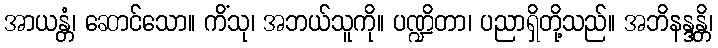
အာယန္တံ၊ ဆောင်သော။ ကိံသု၊ အဘယ်သူကို။ ပဏ္ဍိတာ၊ ပညာရှိတို့သည်။ အဘိနန္ဒန္တိ၊